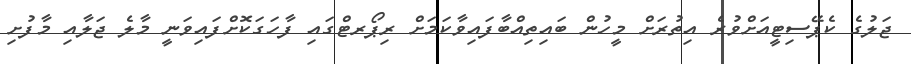
ޖަލުގެ ކެޕޭސިޓީއަށްވުރެ އިތުރަށް މީހުން ބައިތިއްބާފައިވާކަމަށް ރިޕޯރޓްގައި ފާހަގަކޮށްފައިވަނީ މާލެ ޖަލާއި މާފުށި